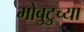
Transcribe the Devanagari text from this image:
मोबुटुच्या